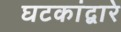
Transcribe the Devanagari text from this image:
घटकांद्वारे